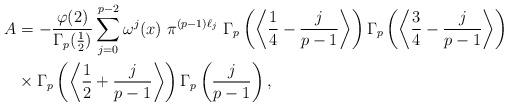
LaTeX: \begin{align*}A&=-\frac{\varphi(2)}{\Gamma_p(\frac{1}{2})}\sum_{j=0}^{p-2}\omega^j(x)~\pi^{(p-1)\ell_j}~\Gamma_p\left(\left\langle\frac{1}{4}-\frac{j}{p-1}\right\rangle\right)\Gamma_p\left(\left\langle\frac{3}{4}-\frac{j}{p-1}\right\rangle\right)\\&\times\Gamma_p\left(\left\langle\frac{1}{2}+\frac{j}{p-1}\right\rangle\right)\Gamma_p\left(\frac{j}{p-1}\right),\end{align*}